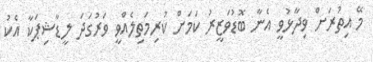
މޭ އިތުރަށް ވިދާޅުވީ އެނާ ބޮޑުވަޒީރު ކަމަށް ކުރިމަތިލެއްވީ ވަރުގަދަ ލީޑާޝިޕަކާ އެކު